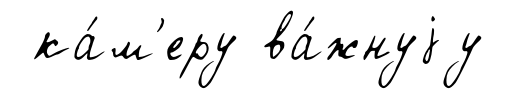
ка́м'еру ва́жнуjу